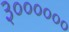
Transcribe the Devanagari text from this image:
३००००००